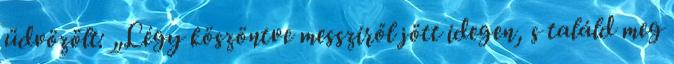
üdvözölt: „Légy köszöntve messziről jött idegen, s találd meg